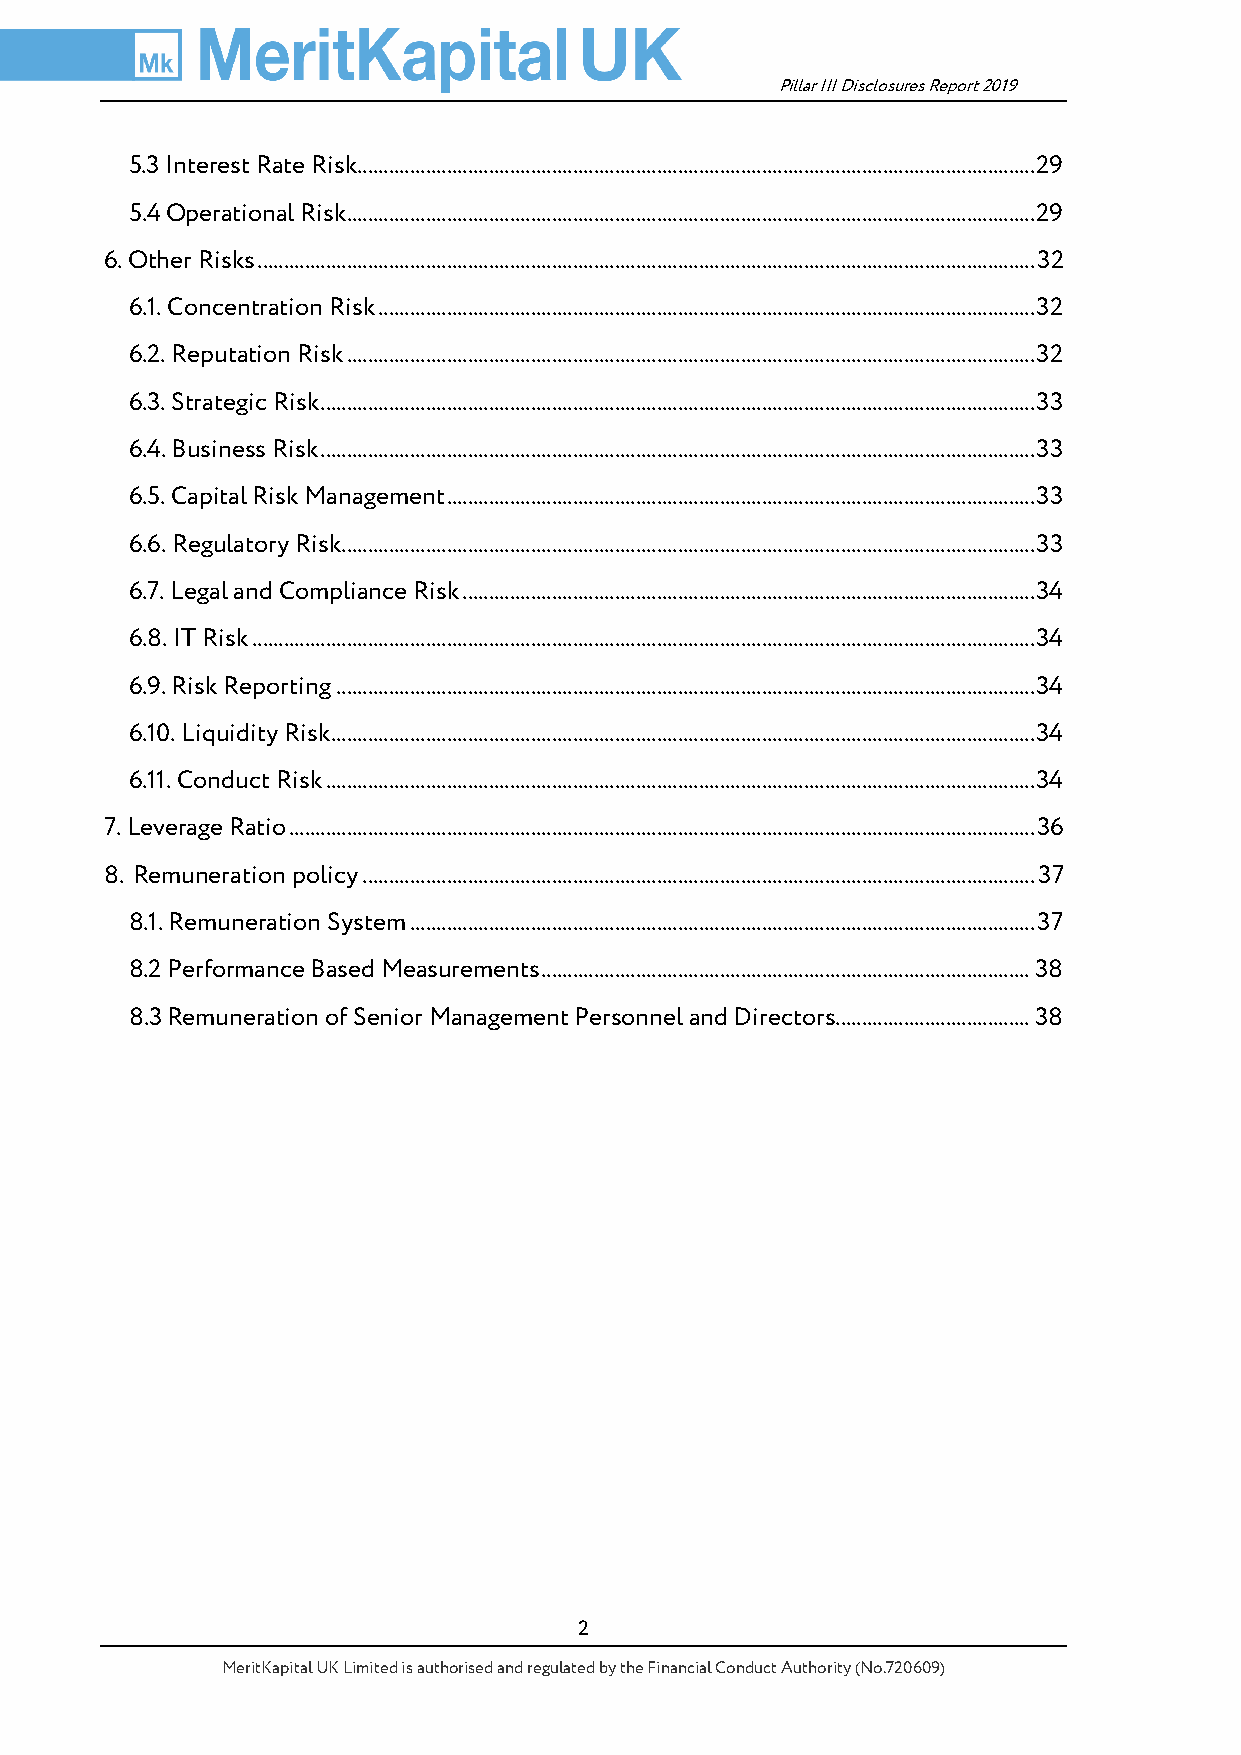
Pillar III Disclosures Report 2019
 5.3 Interest Rate Risk................................................................................................................................. 29
 5.4 Operational Risk ................................................................................................................................... 29
 6. Other Risks .................................................................................................................................................... 32
 6.1. Concentration Risk ............................................................................................................................. 32
 6.2. Reputation Risk ................................................................................................................................... 32
 6.3. Strategic Risk ........................................................................................................................................ 33
 6.4. Business Risk ........................................................................................................................................ 33
 6.5. Capital Risk Management ................................................................................................................ 33
 6.6. Regulatory Risk.................................................................................................................................... 33
 6.7. Legal and Compliance Risk ............................................................................................................. 34
 6.8. IT Risk ..................................................................................................................................................... 34
 6.9. Risk Reporting ..................................................................................................................................... 34
 6.10. Liquidity Risk ...................................................................................................................................... 34
 6.11. Conduct Risk ....................................................................................................................................... 34
 7. Leverage Ratio .............................................................................................................................................. 36
 8. Remuneration policy ................................................................................................................................ 37
 8.1. Remuneration System ....................................................................................................................... 37
 8.2 Performance Based Measurements ............................................................................................. 38
 8.3 Remuneration of Senior Management Personnel and Directors..................................... 38
 2
 MeritKapital UK Limited is authorised and regulated by the Financial Conduct Authority (No.720609)